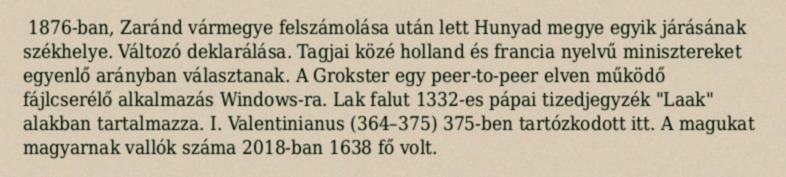
1876-ban, Zaránd vármegye felszámolása után lett Hunyad megye egyik járásának székhelye. Változó deklarálása. Tagjai közé holland és francia nyelvű minisztereket egyenlő arányban választanak. A Grokster egy peer-to-peer elven működő fájlcserélő alkalmazás Windows-ra. Lak falut 1332-es pápai tizedjegyzék "Laak" alakban tartalmazza. I. Valentinianus (364–375) 375-ben tartózkodott itt. A magukat magyarnak vallók száma 2018-ban 1638 fő volt.